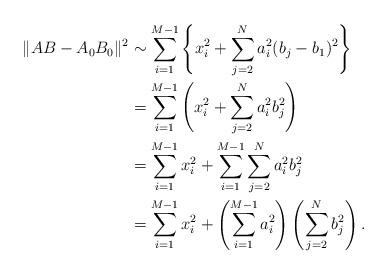
LaTeX: \begin{align*}\lVert AB-A_0 B_0 \rVert^2 &\sim \sum_{i=1}^{M-1} \left\{ x_i^2 + \sum_{j=2}^{N} a_i^2(b_j-b_1)^2 \right\} \\&=\sum_{i=1}^{M-1} \left( x_i^2 + \sum_{j=2}^{N} a_i^2b_j^2 \right) \\&=\sum_{i=1}^{M-1} x_i^2 +\sum_{i=1}^{M-1} \sum_{j=2}^N a_i^2 b_j^2 \\&=\sum_{i=1}^{M-1} x_i^2 +\left( \sum_{i=1}^{M-1}a_i^2 \right) \left( \sum_{j=2}^N b_j^2 \right).\end{align*}